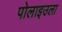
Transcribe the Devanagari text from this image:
पोलाइउला